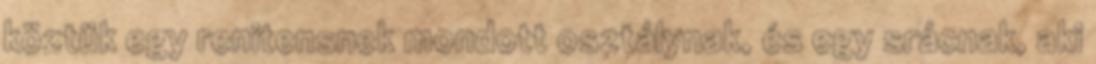
köztük egy renitensnek mondott osztálynak, és egy srácnak, aki